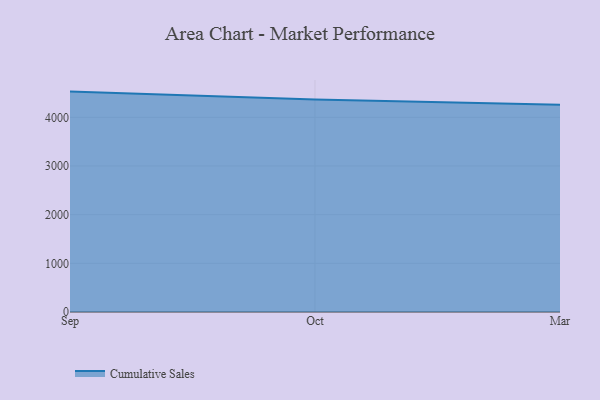
{"axis": {"x": "Month", "y": "Temperature (°C)"}, "legend": ["Cumulative Sales"], "data": [{"x": "Sep", "y": 4529.0, "type": "Cumulative Sales"}, {"x": "Oct", "y": 4364.9, "type": "Cumulative Sales"}, {"x": "Mar", "y": 4257.8, "type": "Cumulative Sales"}]}